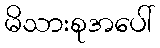
မိသားစုအပေါ်